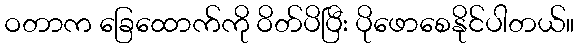
ဝတာက ခြေထောက်ကို ဝိတ်ပိပြီး ပိုဖောစေနိုင်ပါတယ်။